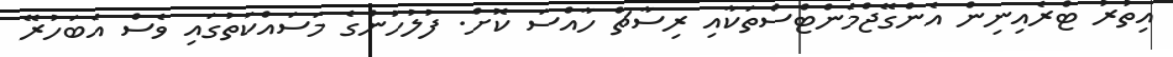
އިތުރު ޓްރެއިނިން އެންގޭޖްމެންޓްސްތަކާއި ރިސާޗް ހާއްސަ ކޮށް. ފުލުހުންގެ މަސައްކަތުގައި ވެސް އެބަހުރޭ